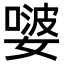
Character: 𭒕